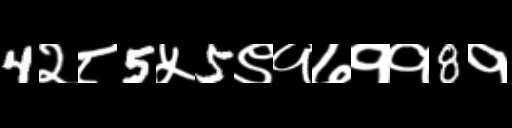
Text: 4२८5५5९१७११8१